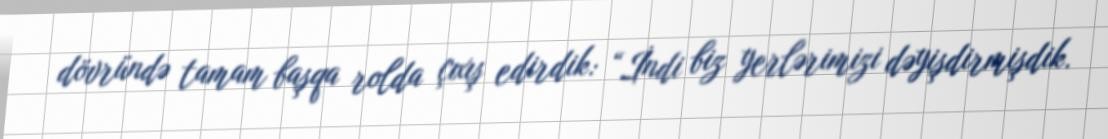
dövründə tamam başqa rolda çıxış edirdik: “İndi biz yerlərimizi dəyişdirmişdik.